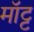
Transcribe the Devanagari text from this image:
मॉट्ट